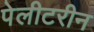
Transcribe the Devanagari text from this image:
पेलीटरीन